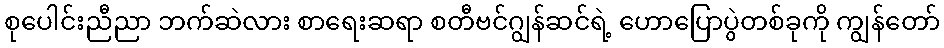
စုပေါင်းညီညာ ဘက်ဆဲလား စာရေးဆရာ စတီဗင်ဂျွန်ဆင်ရဲ့ ဟောပြောပွဲတစ်ခုကို ကျွန်တော်